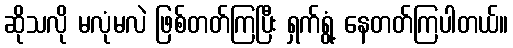
ဆိုသလို မလုံမလဲ ဖြစ်တတ်ကြပြီး ရှက်ရွံ့ နေတတ်ကြပါတယ်။